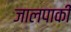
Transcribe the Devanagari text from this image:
जालपाकी